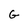
Character: G